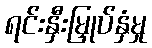
ရင်းနှီးမြှုပ်နှံမှု